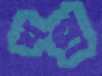
খন্তা